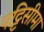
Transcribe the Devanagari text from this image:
पट्टिसीमा